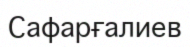
Сафарғалиев